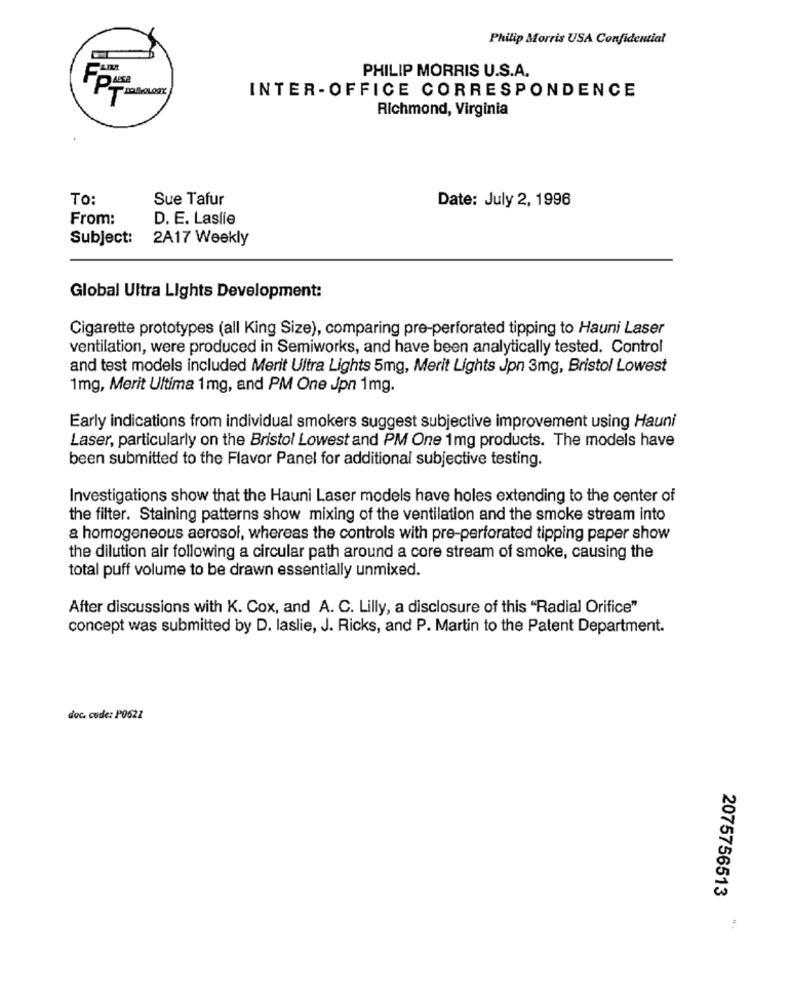
Philip Morris USA Confidential
PHILIP MORRIS U.S.A.
INTER-OFFICE CORRESPONDENCE
Richmond, Virginia
To:
Sue Tafur
Date: July 2, 1996
From:
D. E. Laslie
Subject:
2A17 Weekly
Global Ultra Lights Development:
Cigarette prototypes (all King Size), comparing pre-perforated tipping to Hauni Laser
ventilation, were produced in Semiworks, and have been analytically tested. Control
and test models included Merit Ultra Lights 5mg, Merit Lights Jpn 3mg, Bristol Lowest
1mg, Merit Ultima 1mg, and PM One Jpn 1mg.
Early indications from individual smokers suggest subjective improvement using Hauni
Laser, particularly on the Bristol Lowest and PM One 1mg products. The models have
been submitted to the Flavor Panel for additional subjective testing.
Investigations show that the Hauni Laser models have holes extending to the center of
the filter. Staining patterns show mixing of the ventilation and the smoke stream into
a homogeneous aerosol, whereas the controls with pre-perforated tipping paper show
the dilution air following a circular path around a core stream of smoke, causing the
total puff volume to be drawn essentially unmixed.
After discussions with K. Cox, and A. C. Lilly, a disclosure of this "Radial Orifice"
concept was submitted by D. laslie, J. Ricks, and P. Martin to the Patent Department.
doc. code: P0521
2075756513